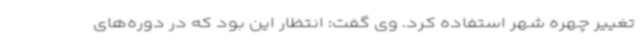
تغییر چهره شهر استفاده کرد. وی گفت: انتظار این بود که در دوره‌های